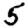
Digit: 5